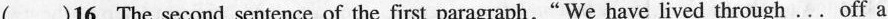
( )16.The second sentence of the first paragraph ,“We have lived through … off a